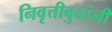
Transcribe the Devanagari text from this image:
निवृत्तीबुवांनी